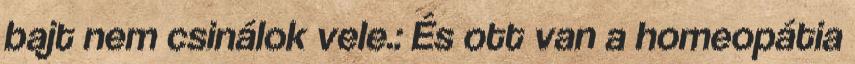
bajt nem csinálok vele.: És ott van a homeopátia